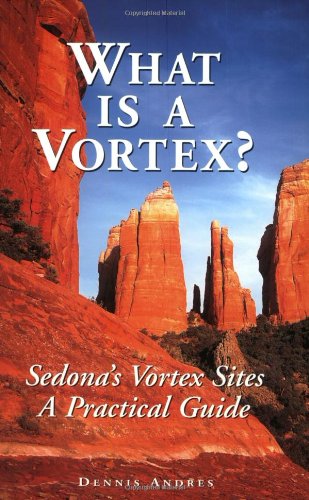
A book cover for What Is a Vortex? A Practical Guide to Sedona's Vortex Sites; Dennis Andres; Religion & Spirituality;